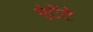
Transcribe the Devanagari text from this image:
एंटेंटे